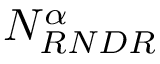
{ N _ { R N D R } ^ { \alpha } }